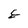
Character: E